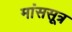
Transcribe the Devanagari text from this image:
मांससूत्र